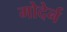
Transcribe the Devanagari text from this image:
मोदेर्न